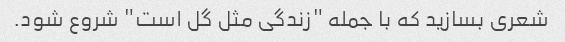
شعری بسازید که با جمله "زندگی مثل گل است" شروع شود.